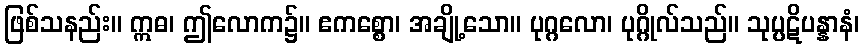
ဖြစ်သနည်း။ ဣဓ၊ ဤလောက၌။ ဧကစ္စော၊ အချို့သော။ ပုဂ္ဂလော၊ ပုဂ္ဂိုလ်သည်။ သုပ္ပဋိပန္နာနံ၊